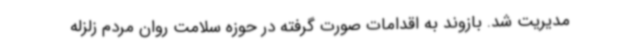
مدیریت شد. بازوند به اقدامات صورت گرفته در حوزه سلامت روان مردم زلزله